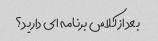
بعد از کلاس برنامه ای دارید؟